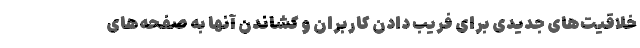
خلاقیت‌های جدیدی برای فریب دادن کاربران و کشاندن آنها به صفحه‌های